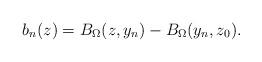
LaTeX: \begin{align*}b_n(z) = B_\Omega(z,y_n)-B_\Omega(y_n,z_0).\end{align*}